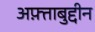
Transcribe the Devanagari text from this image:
अफ़्ताबुद्दीन